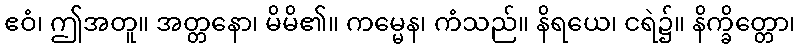
ဧဝံ၊ ဤအတူ။ အတ္တနော၊ မိမိ၏။ ကမ္မေန၊ ကံသည်။ နိရယေ၊ ငရဲ၌။ နိက္ခိတ္တော၊